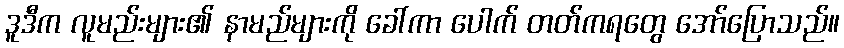
ဒူဒီက လူမည်းများ၏ နာမည်များကို ခေါ်ကာ ပေါက် တတ်ကရတွေ အော်ပြောသည်။